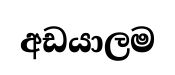
අඩයාලම